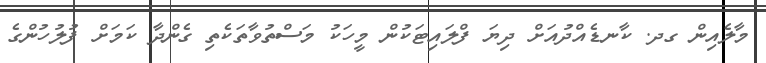
މާލެއިން ގދ. ކާނޑެއްދުއަށް ދިޔަ ފްލައިޓަކުން މީހަކު މަސްތުވާތަކެތި ގެންދާ ކަމަށް ފުލުހުންގެ